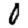
Digit: 0